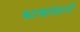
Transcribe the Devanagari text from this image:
भाषांमागे